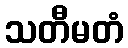
သတီမတံ